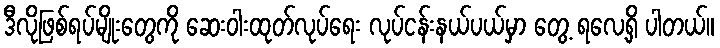
ဒီလိုဖြစ်ရပ်မျိုးတွေကို ဆေးဝါးထုတ်လုပ်ရေး လုပ်ငန်းနယ်ပယ်မှာ တွေ့ ရလေ့ရှိ ပါတယ်။